Sanitation, dispensaries and jails vaccination Rajputana 1922-1927 - 1922-1927
Year: 1922
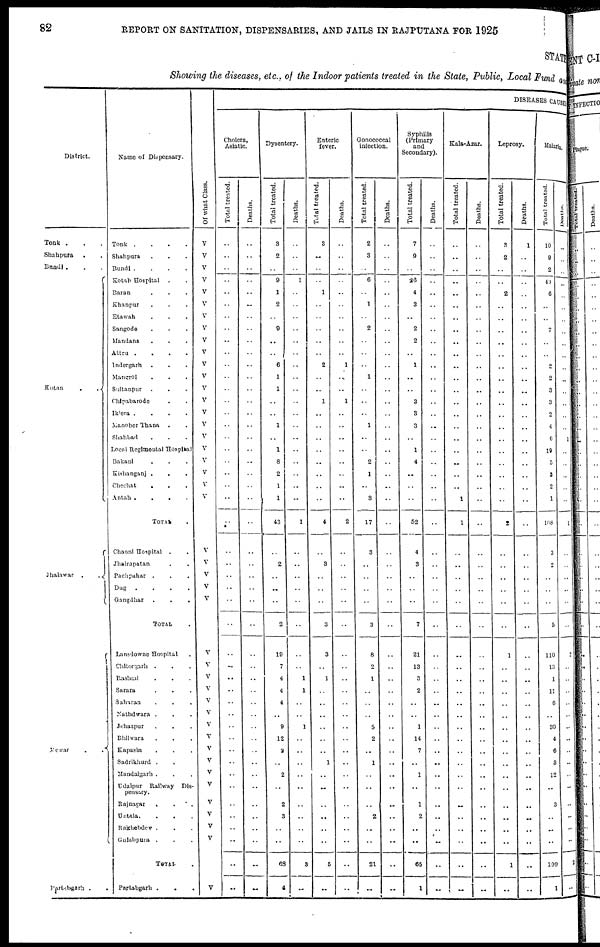
82
REPORT ON SANITATION, DISPENSARIES, AND JAILS IN RAJPUTANA FOR 1925
STATE
Showing the diseases, etc., of the Indoor patients treated in the State, Public, Local Fund and
District.
Tonk . . .
Shahpura
. .
Bundi . . .
Kotah
.
.
Jhalawar .
.
Mewar
.
.
Partabgarh .
Name of Dispensary.
Tonk .
.
.
.
Shahpura . . .
Bundi .
.
.
.
Kotah Hospital . .
Baran . . .
Khanpur . . .
Etawah . . .
Sangode . . .
Mandana . . .
Attru .
.
.
.
Indergarh . . .
Mangrol . . .
Sultanpur . . .
Chipabarode . .
Iklera .
.
.
.
Manoher Thana . .
Shahbad . . .
Local Regimental Hospital
Bakani . . .
Kishanganj .
. .
Chechat . . .
Antah .
.
.
.
TOTAL .
Chaoni Hospital . .
Jhalrapatan . .
Pachpahar . . .
Dug
.
.
.
.
Gangdhar
.
.
.
TOTAL .
Lansdowne Hospital .
Chitorgarh . . .
Rashmi . . .
Sarara
.
.
.
Saharan . . .
Nathdwara . . .
Jehazpur . . .
Bhilwara . . .
Kapasin . . .
Sadrikhurd . .
Mandalgarh . . .
Udaipur Railway Dis-
pensary.
Rajnagar
.
. . .
Untala . . . .
Rakhebdev . . .
Gulabpura
. . .
TOTAL .
Partabgarh . . .
Of what Class.
V
V
V
V
V
V
V
V
V
V
V
V
V
V
V
V
V
V
V
V
V
V
V
V
V
V
V
V
V
V
V
V
V
V
V
V
V
V
V
V
V
V
V
V
DISEASES CAUSES
Cholera,
Asiatic.
Total treated.
..
..
..
..
..
..
..
..
..
..
..
..
..
..
..
..
..
..
..
..
..
..
..
..
..
..
..
..
..
..
..
..
..
..
..
..
..
..
..
..
..
..
..
..
..
..
..
Deaths.
..
..
..
..
..
..
..
..
..
..
..
..
..
..
..
..
..
..
..
..
..
..
..
..
..
..
..
..
..
..
..
..
..
..
..
..
..
..
..
..
..
..
..
..
..
..
..
Dysentery.
Total treated.
3
2
..
9
1
2
..
9
..
..
6
1
1
..
..
1
..
1
8
2
1
1
43
..
2
..
..
..
2
19
7
4
4
4
..
9
12
2
..
2
..
2
3
..
..
68
4
Deaths.
..
..
..
1
..
..
..
..
..
..
..
..
..
..
..
..
..
..
..
..
..
..
1
..
..
..
..
..
..
..
..
1
1
..
..
1
..
..
..
..
..
..
..
..
..
3
..
Enteric
fever.
Total treated.
3
..
..
..
1
..
..
..
..
..
2
..
..
1
..
..
..
..
..
..
..
..
4
..
3
..
..
..
3
3
..
1
..
..
..
..
..
..
1
..
..
..
..
..
..
5
..
Deaths.
..
..
..
..
..
..
..
..
..
..
1
..
..
1
..
..
..
..
..
..
..
..
2
..
..
..
..
..
..
..
..
..
..
..
..
..
..
..
..
..
..
..
..
..
..
..
..
Gonococcal
infection.
Total treated.
2
3
..
6
..
1
..
2
..
..
..
1
..
..
..
1
..
..
2
1
..
3
17
3
..
..
..
..
3
8
2
1
..
..
..
5
2
..
1
..
..
..
2
..
..
21
..
Deaths.
..
..
..
..
..
..
..
..
..
..
..
..
..
..
..
..
..
..
..
..
..
..
..
..
..
..
..
..
..
..
..
..
..
..
..
..
..
..
..
..
..
..
..
..
..
..
..
Syphilis
(Primary
and
Secondary).
Total treated.
7
9
..
26
4
3
..
2
2
..
1
..
..
3
3
3
..
1
4
..
..
..
52
4
3
..
..
..
7
21
13
3
2
..
..
1
14
7
..
1
..
1
2
..
..
65
1
Deaths.
..
..
..
..
..
..
..
..
..
..
..
..
..
..
..
..
..
..
..
..
..
..
..
..
..
..
..
..
..
..
..
..
..
..
..
..
..
..
..
..
..
..
..
..
..
..
..
Kala-Azar.
Total treated.
..
..
..
..
..
..
..
..
..
..
..
..
..
..
..
..
..
..
..
..
..
1
1
..
..
..
..
..
..
..
..
..
..
..
..
..
..
..
..
..
..
..
..
..
..
..
..
Deaths.
..
..
..
..
..
..
..
..
..
..
..
..
..
..
..
..
..
..
..
..
..
..
..
..
..
..
..
..
..
..
..
..
..
..
..
..
..
..
..
..
..
..
..
..
..
..
..
Leprosy.
Total treated.
3
2
..
..
2
..
..
..
..
..
..
..
..
..
..
..
..
..
..
..
..
..
2
..
..
..
..
..
..
1
..
..
..
..
..
..
..
..
..
..
..
..
..
..
..
1
..
Deaths.
1
..
..
..
..
..
..
..
..
..
..
..
..
..
..
..
..
..
..
..
..
..
..
..
..
..
..
..
..
..
..
..
..
..
..
..
..
..
..
..
..
..
..
..
..
..
..
Malaria.
Total treated.
10
9
2
43
6
..
..
7
..
..
2
2
3
3
2
4
6
19
5
3
2
1
108
3
2
..
..
..
5
110
13
1
11
6
..
30
4
6
3
12
..
3
..
..
..
199
1
Deaths.
..
..
..
..
..
..
..
..
..
..
..
..
..
..
..
..
1
..
..
..
..
..
1
..
..
..
..
..
..
2
..
..
..
..
..
..
..
..
..
..
..
..
..
..
..
2
..